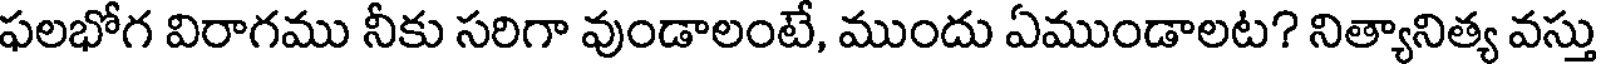
ఫలభోగ విరాగము నీకు సరిగా వుండాలంటే, ముందు ఏముండాలట? నిత్యానిత్య వస్తు